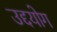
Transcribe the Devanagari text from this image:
उद्दयोग